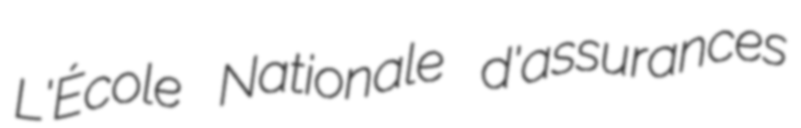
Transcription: L'École Nationale d'assurances